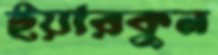
ইয়ারকুন